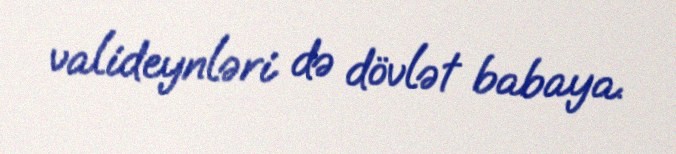
valideynləri də dövlət babaya.